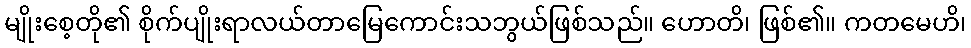
မျိုးစေ့တို၏ စိုက်ပျိုးရာလယ်တာမြေကောင်းသဘွယ်ဖြစ်သည်။ ဟောတိ၊ ဖြစ်၏။ ကတမေဟိ၊